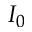
I _ { 0 }